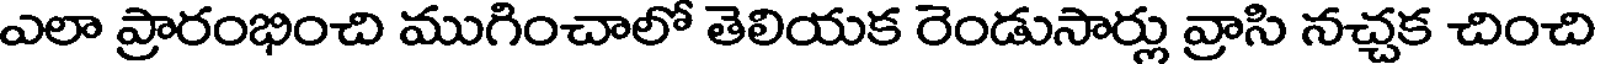
ఎలా ప్రారంభించి ముగించాలో తెలియక రెండుసార్లు వ్రాసి నచ్చక చించి